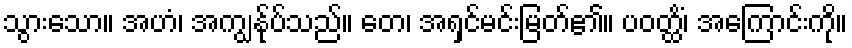
သွားသော။ အဟံ၊ အကျွန်ုပ်သည်။ တေ၊ အရှင်မင်းမြတ်၏။ ပဝတ္ထိံ၊ အကြောင်းကို။